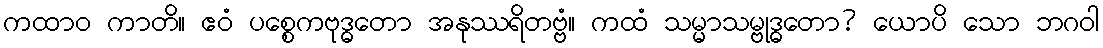
ကထာဝ ကာတိ။ ဧဝံ ပစ္စေကဗုဒ္ဓတော အနုဿရိတဗ္ဗံ။ ကထံ သမ္မာသမ္ဗုဒ္ဓတော? ယောပိ သော ဘဂဝါ